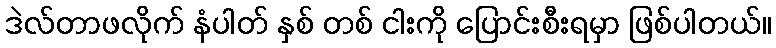
ဒဲလ်တာဖလိုက် နံပါတ် နှစ် တစ် ငါးကို ပြောင်းစီးရမှာ ဖြစ်ပါတယ်။